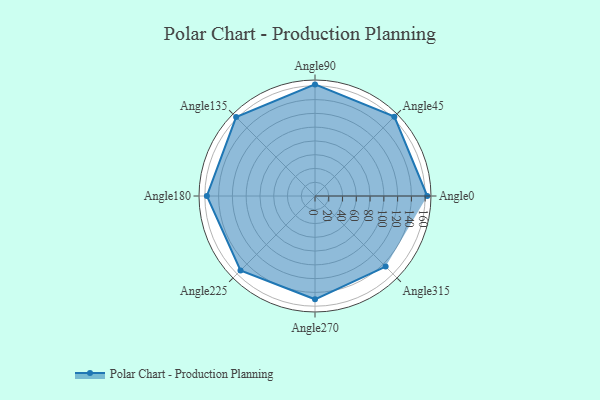
{"axis": {"x": "Angle", "y": "Radius"}, "legend": [""], "data": [{"x": "Angle0", "y": 163.0, "type": ""}, {"x": "Angle45", "y": 163.0, "type": ""}, {"x": "Angle90", "y": 162.0, "type": ""}, {"x": "Angle135", "y": 162.0, "type": ""}, {"x": "Angle180", "y": 157.0, "type": ""}, {"x": "Angle225", "y": 153.0, "type": ""}, {"x": "Angle270", "y": 150.0, "type": ""}, {"x": "Angle315", "y": 145.0, "type": ""}]}